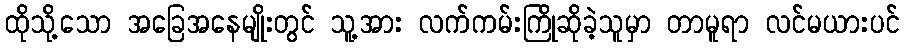
ထိုသို့သော အခြေအနေမျိုးတွင် သူ့အား လက်ကမ်းကြိုဆိုခဲ့သူမှာ တာမူရာ လင်မယားပင်